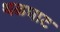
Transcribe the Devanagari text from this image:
थळघाट